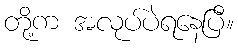
တို့က အလုပ်ပဲရနေပြီ။